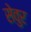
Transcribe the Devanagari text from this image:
सेवुर